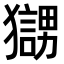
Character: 𤢰